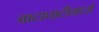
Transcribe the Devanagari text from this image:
वाटाघाटीमध्ये